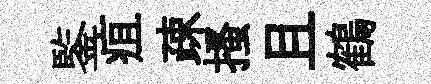
鍳疽疎搔且鶴